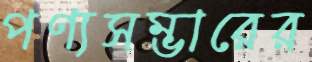
পণ্যসম্ভারের